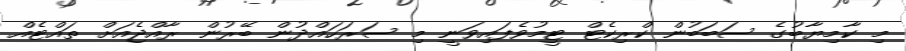
މި ކާމިޔާބުގެ ސަބަބުން ކްރިކެޓް ޓީމުވެފައިވަނީ މި ސަރަހައްދުން ބޭރުން ރާއްޖެއަށް ތައްޓެއް